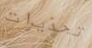
تحذيرات